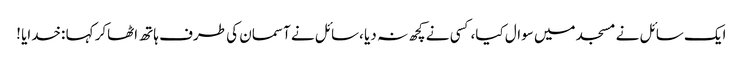
ایک سائل نے مسجد میں سوال کیا،کسی نے کچھ نہ دیا ،سائل نے آسمان کی طرف ہاتھ اٹھاکر کہا :خدایا !